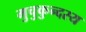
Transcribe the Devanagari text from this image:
मुचुकुन्दस्य